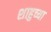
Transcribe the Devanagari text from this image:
शाहुच्या